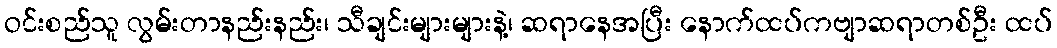
ဝင်းစည်သူ လွမ်းတာနည်းနည်း၊ သီချင်းများများနဲ့၊ ဆရာနေအပြီး နောက်ထပ်ကဗျာဆရာတစ်ဦး ထပ်